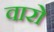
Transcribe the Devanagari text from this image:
वारो